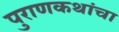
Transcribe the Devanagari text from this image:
पुराणकथांचा